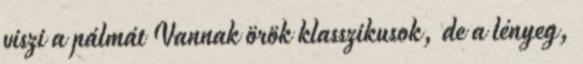
viszi a pálmát Vannak örök klasszikusok, de a lényeg,